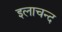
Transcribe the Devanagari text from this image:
इलाचन्द